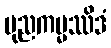
ပုညကမ္မဿိဒံ